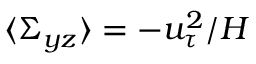
\langle \Sigma _ { y z } \rangle = - u _ { \tau } ^ { 2 } / H